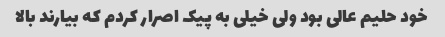
خود حلیم عالی بود ولی خیلی به پیک اصرار کردم که بیارند بالا